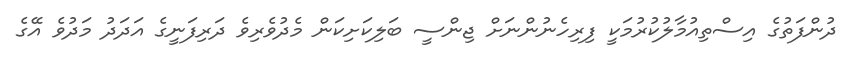
ދުންފަތުގެ އިސްތިއުމާލުކުރުމަކީ ފިރިހެނުންނަށް ޖިންސީ ބަލިކަށިކަން މެދުވެރިވެ ދަރިފަނީގެ އަދަދު މަދުވެ އޭގެ